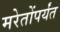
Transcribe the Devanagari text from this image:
मरेतोंपर्यंत